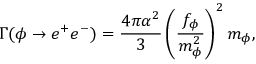
\Gamma ( \phi \to e ^ { + } e ^ { - } ) = \frac { 4 \pi \alpha ^ { 2 } } { 3 } \left( \frac { f _ { \phi } } { m _ { \phi } ^ { 2 } } \right) ^ { 2 } m _ { \phi } ,